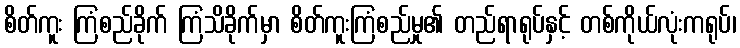
စိတ်ကူး ကြံစည်ခိုက် ကြံသိခိုက်မှာ စိတ်ကူးကြံစည်မှု၏ တည်ရာရုပ်နှင့် တစ်ကိုယ်လုံးကရုပ်၊